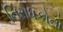
નિરોધકોનો